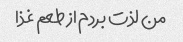
من لذت بردم از طعم غذا